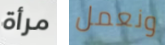
مرأة ونعمل